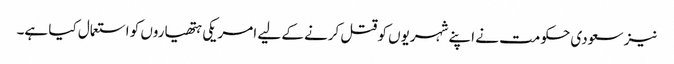
نیز سعودی حکومت نے اپنے شہریوں کو قتل کرنے کے لیے امریکی ہتھیاروں کو استعمال کیا ہے۔